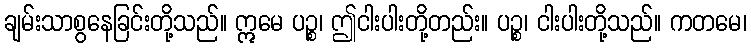
ချမ်းသာစွနေခြင်းတို့သည်။ ဣမေ ပဉ္စ၊ ဤငါးပါးတို့တည်း။ ပဉ္စ၊ ငါးပါးတို့သည်။ ကတမေ၊